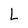
Character: L